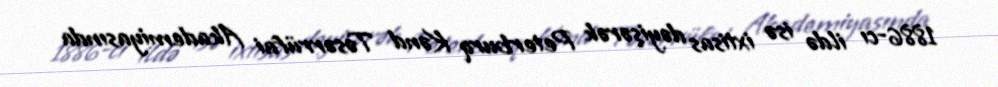
1886-cı ildə isə ixtisas dəyişərək Peterburq Kənd Təsərrüfai Akademiyasında